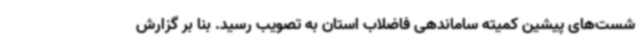
شست‌های پیشین کمیته ساماندهی فاضلاب استان به تصویب رسید. بنا بر گزارش